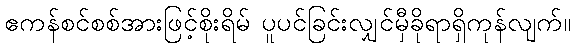
ဧကန်စင်စစ်အားဖြင့်စိုးရိမ် ပူပင်ခြင်းလျှင်မှီခိုရာရှိကုန်လျက်။